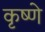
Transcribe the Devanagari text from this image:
कृष्णे